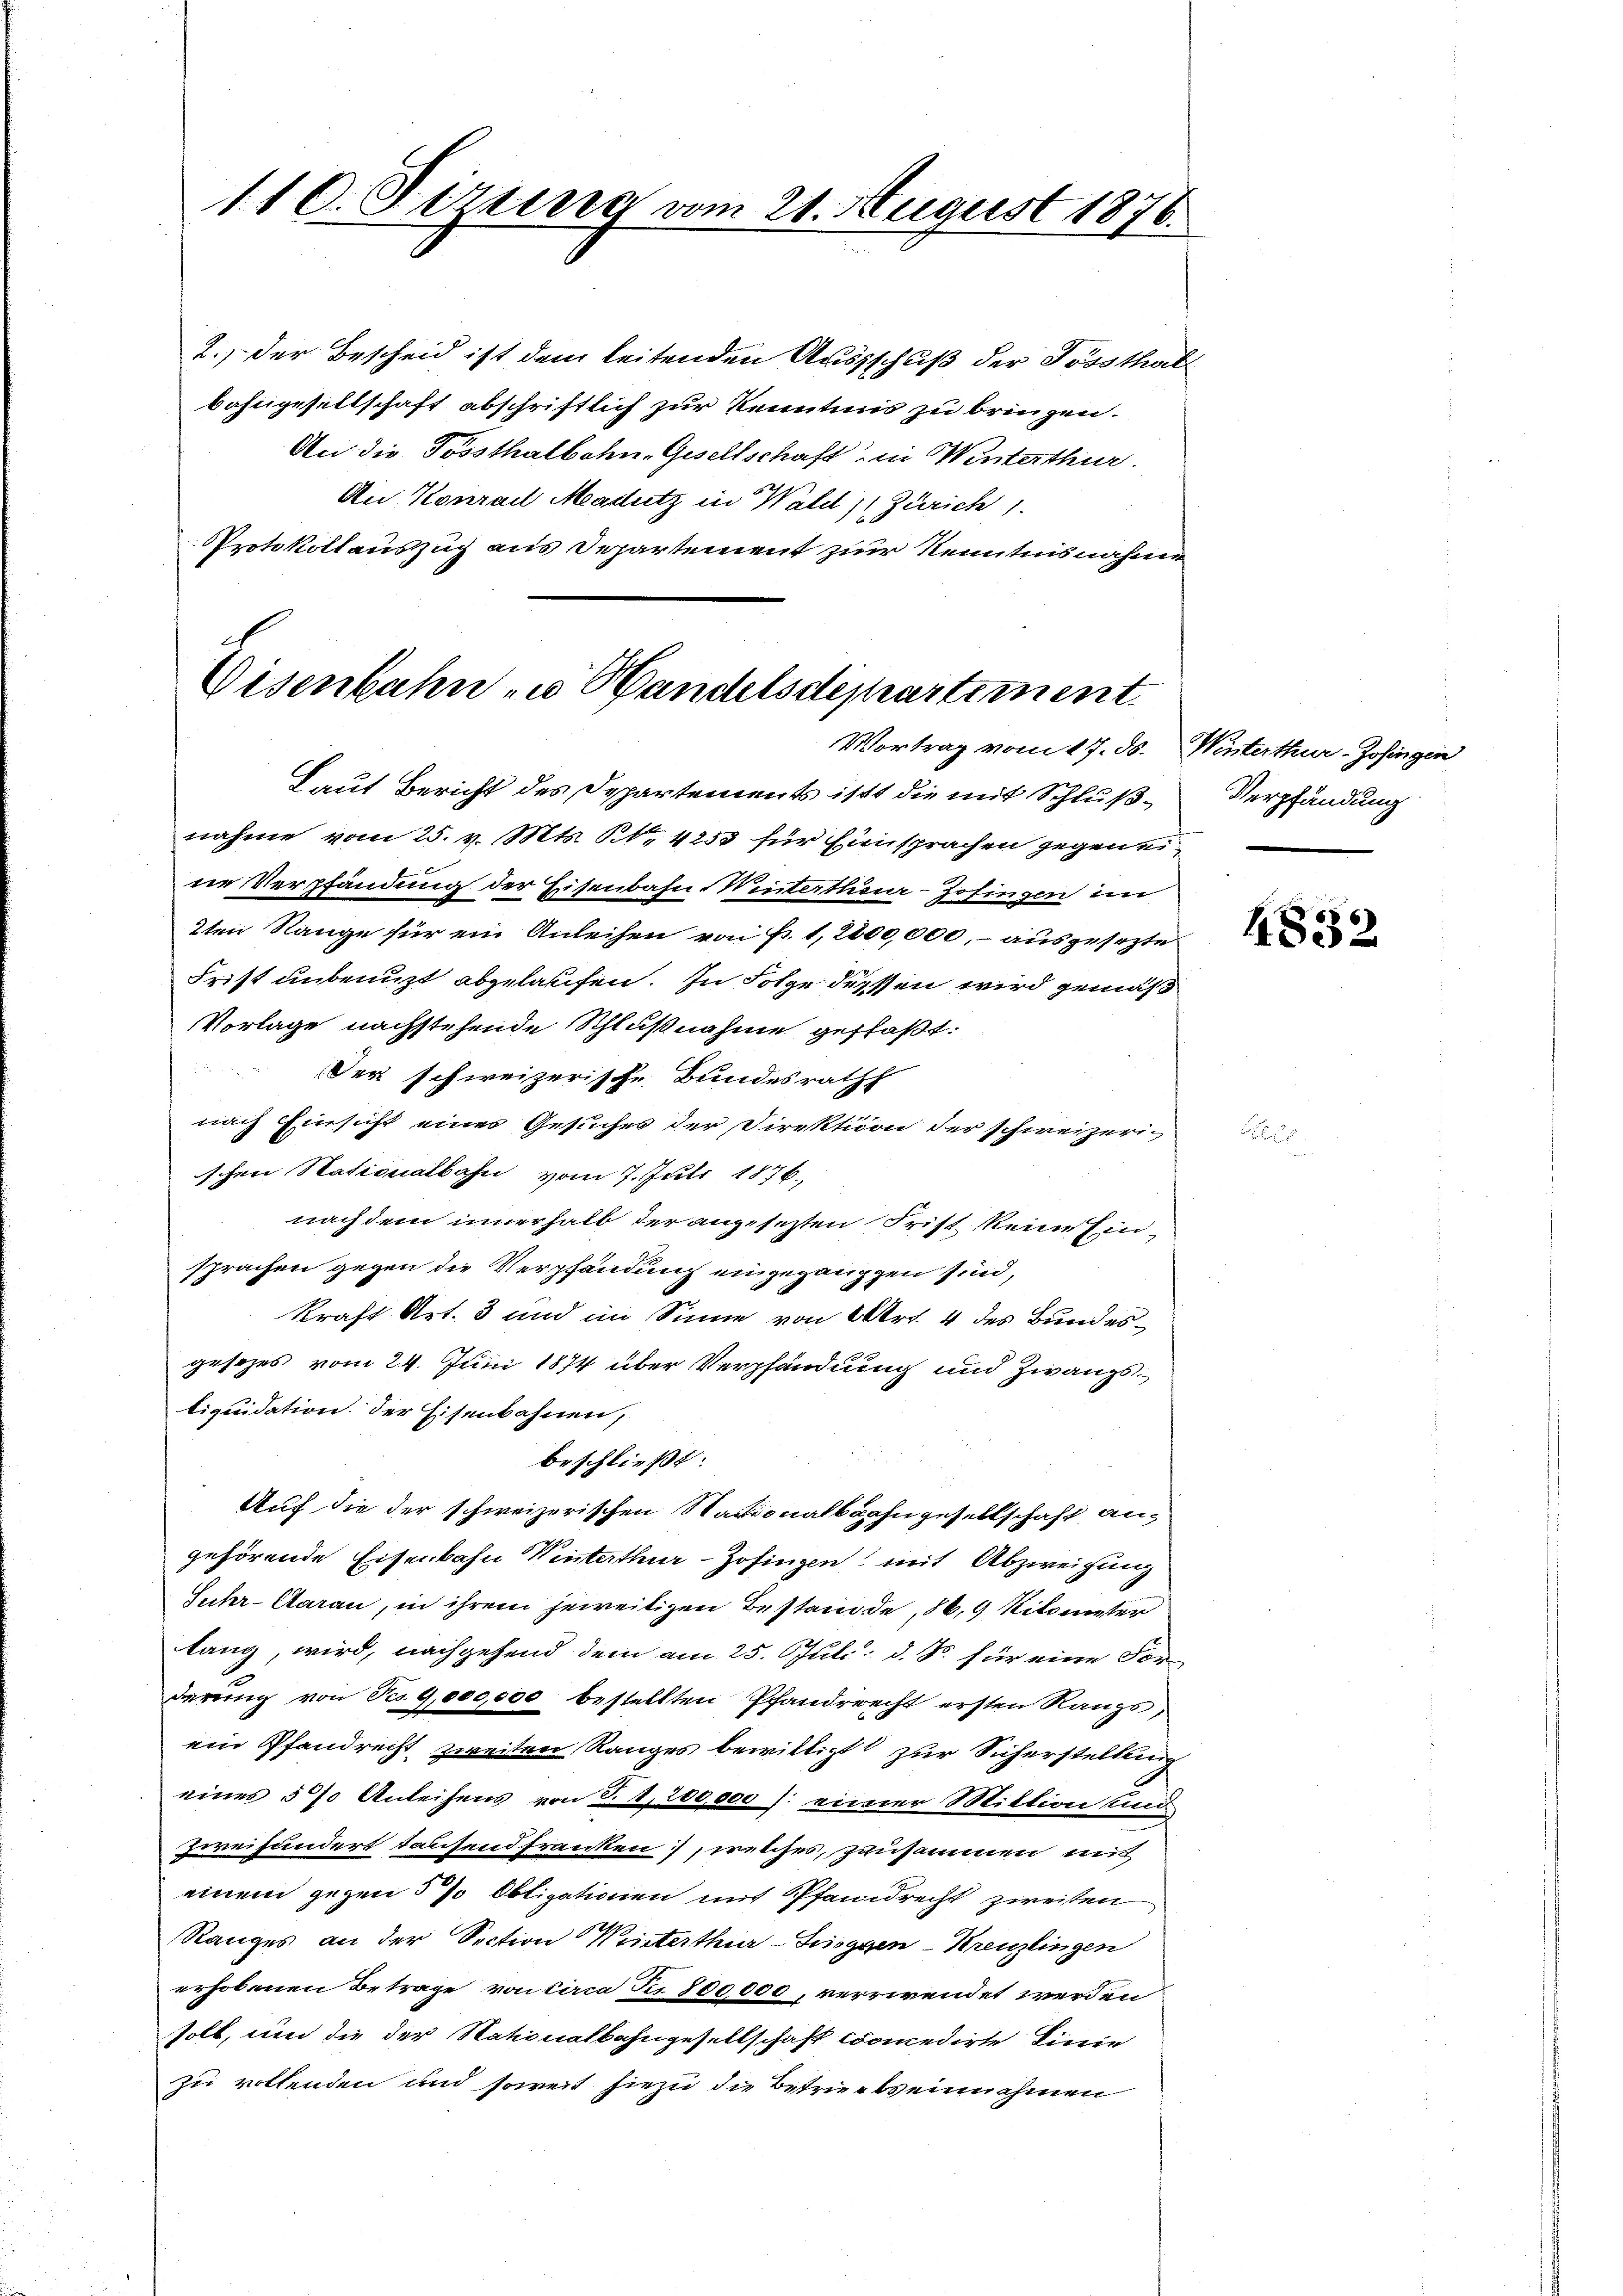
110. Sitzung vom 21. August 1876.

2.) Der Bescheid ist dem leitenden Ausschuß der Possthal
bahngesellschaft abschriftlich zur Kenntnis zu bringen.
An die Fossthalbahn-Gesellschaft in Winterthur.
An Konrad Madutz in Wald 11 Zürich 1.
Protokollauszug aus Departement zur Kenntnisnahme

Visenbahn zu Handelsdepartement.
Vortrag vom 17. ds. Winterthur-Zofingen

Laut Bericht des Departements ist die mit Schlußnahme vom 25. v. Mts. S. 4250 für Einsprachen gegen eine Verpfändung der Eisenbahn Winterthur–Zofingen in
2ten Range für ein Anleihen von Fr. 1, 2200,000, – ausgesezte
Frist unbenuzt abgelaufen. In Folge dessen wird gemäß
Vorlage nachstehende Schlußnahme gefaßt:
Der schweizerische Bundesrath
nach Einsicht eines Gesuches der Direktion der schweizerischen Stationalbahn vom 7. Juli 1876.
nach dem innerhalb der angesetzten Frist keine Einsprachen gegen die Verpfändung eingegangen sind,
Kraft Art. 3 und im Sinne von Art. 4 des Bundesgesezes vom 24. Juni 1874 über Verpfändung und Zwangstiquidation der Eisenbahnen,
beschließt:
Auf die der schweizerischen Nationalbahngesellschaft an-
gehörende Eisenbahn Winterthur–Zofingen mit Abzweigung
Suhr- Caran, in ihrem jeweitigen Bestände, 86,9 Kilometer
lang, wird, nachgehend dem am 25. Juli d. J. für eine Forderung von No 9,000,000 bestellten Pfandrecht ersten Rangs,
ein Pfandrecht zweiten Ranges bewilligt zur Sicherstellung
eines 5% Anleihens von S. 8, 200,000 /: einer Mittion und
Zweifundert tausend franken, welches, zusammen mit
einem gegen 5 % Obligationen mit Pfandrecht zweiten
Ranges an der Section Winterthur–Singgen-Kreuzlingen
erhobenen Betrage von circa zu 800,000, verrwendet werden
soll, und die der Nationalbahngesellschaft comedirte Linie
zu rothenden und soweit hiezu die Betriebs einnahmen

Verpfändung

4852